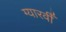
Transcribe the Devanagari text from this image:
ग्यारवीँ